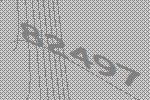
82497